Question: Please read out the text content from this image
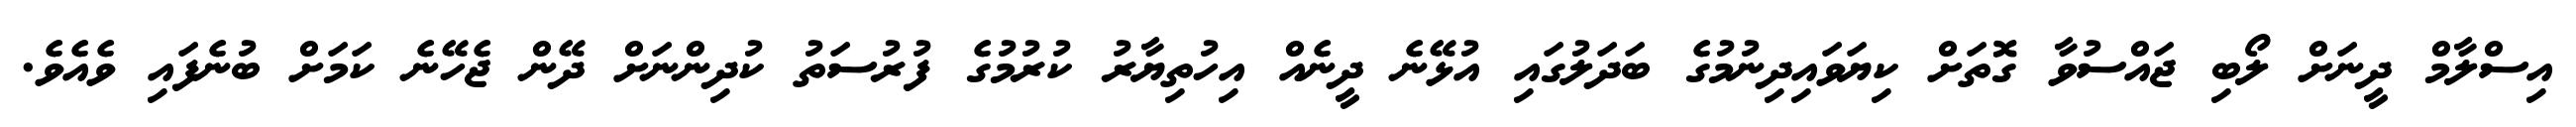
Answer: އިސްލާމް ދީނަށް ލޯބި ޖައްސުވާ ގޮތަށް ކިޔަވައިދިނުމުގެ ބަދަލުގައި އުޅޭނެ ދީނެއް އިހުތިޔާރު ކުރުމުގެ ފުރުސަތު ކުދިންނަށް ދޭން ޖެހޭނެ ކަމަށް ބުނެފައި ވެއެވެ.